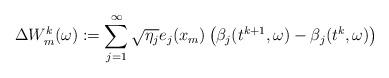
LaTeX: \begin{align*} \Delta W_m^k(\omega):=\sum_{j=1}^{\infty}\sqrt{\eta_j}e_j(x_m)\left(\beta_j(t^{k+1},\omega)-\beta_j(t^k,\omega)\right)\end{align*}